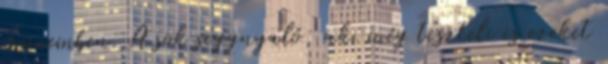
szememben. A sok seggnyaló, aki még tiszteli is ezeket